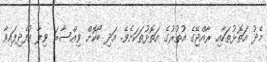
މެދު އަތޮޅުތަކާއި ރާއްޖޭގެ އުތުރުގެ އަތޮޅުތަކަށެވެ. އަދި ބޯކޮށް ވިއްސާރަ ވިލާ އުފެދިފައިވާ